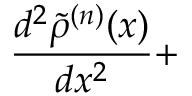
\frac { d ^ { 2 } \tilde { \rho } ^ { ( n ) } ( x ) } { d x ^ { 2 } } +